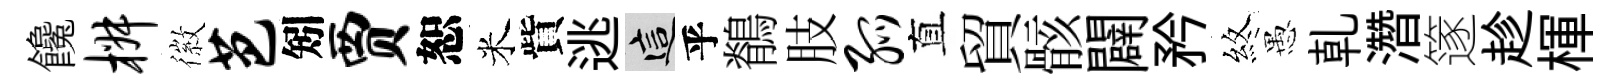
饞椒徽芭矧贾恕米貲逃這乎鶺肢弧直貿骸闢矜煞愚乹濳篴趁楎